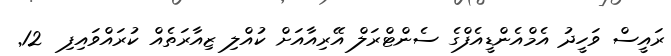
ރައީސް ވަހީދު އެމްއެންޑީއެފްގެ ސެންޓްރަލް އޭރިއާއަށް ކުއްލި ޒިއާރަތެއް ކުރައްވައިފި  12